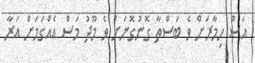
އަސް ހިމާރަށް ވެ ބަސްތާ ގޮނުގޮނަށް ވެ މޫދު މަސް އެއްގަމަށް އަރާ